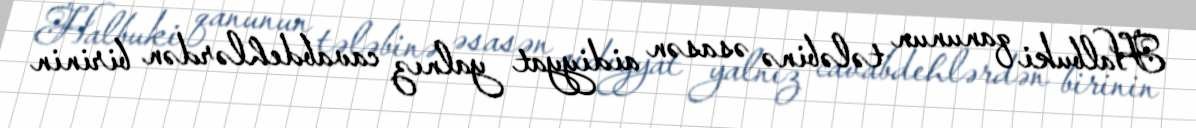
Halbuki qanunun tələbinə əsasən aidiyyat yalnız cavabdehlərdən birinin